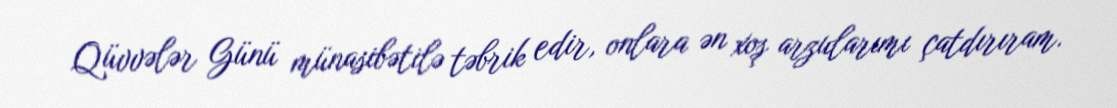
Qüvvələr Günü münasibətilə təbrik edir, onlara ən xoş arzularımı çatdırıram.